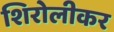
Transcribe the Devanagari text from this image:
शिरोलीकर